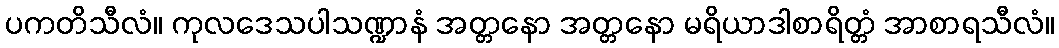
ပကတိသီလံ။ ကုလဒေသပါသဏ္ဍာနံ အတ္တနော အတ္တနော မရိယာဒါစာရိတ္တံ အာစာရသီလံ။